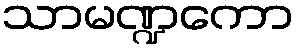
သာမဏ္ဍကော